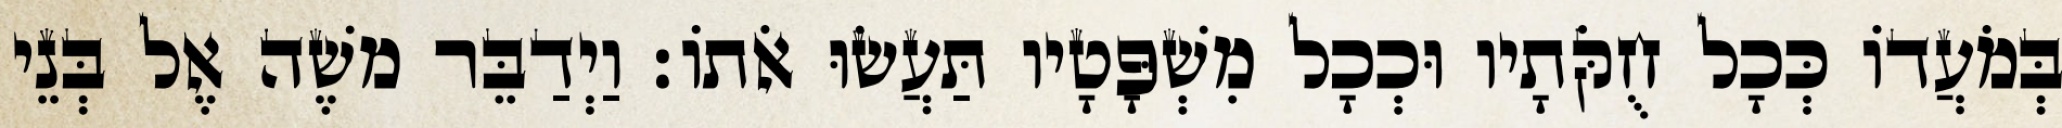
בְּמֹעֲדוֹ כְּכָל חֻקֹּתָיו וּכְכָל מִשְׁפָּטָיו תַּעֲשׂוּ אֹתוֹ׃ וַיְדַבֵּר משֶׁה אֶל בְּנֵי